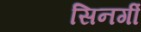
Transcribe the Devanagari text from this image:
सिनर्गी